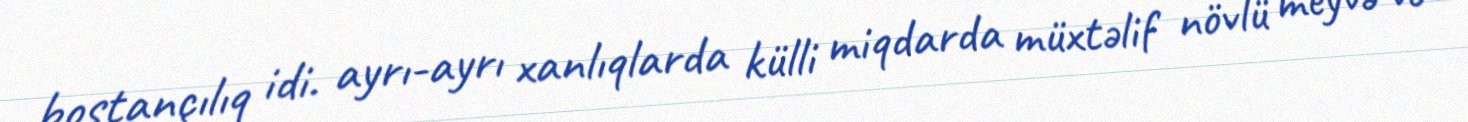
bostançılıq idi. ayrı-ayrı xanlıqlarda külli miqdarda müxtəlif növlü meyvə və